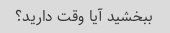
ببخشید آیا وقت دارید؟